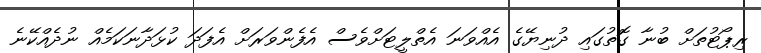
ރިޕޯޓުތަށް ބުނާ ގޮތުގައި ދުނިޔޭގެ އެއްވަނަ އެތްލީޓަށްވެސް އެފެންވަރަށް އެފަދަ ކުޅަދާނަކަމެއް ނުދެއްކޭނެ